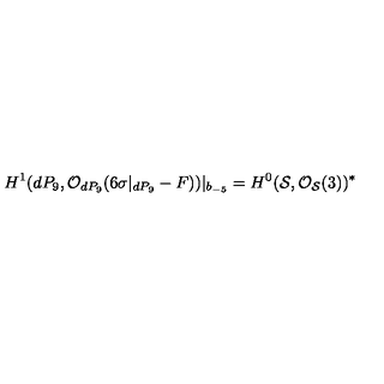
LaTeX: H ^ { 1 } ( d P _ { 9 } , { \cal O } _ { d P _ { 9 } } ( 6 \sigma | _ { d P _ { 9 } } - F ) ) | _ { b _ { - 5 } } = H ^ { 0 } ( { \cal S } , { \cal O } _ { { \cal S } } ( 3 ) ) ^ { * }